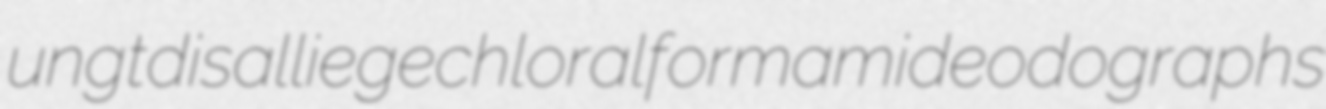
ungt disalliege chloralformamide odographs